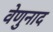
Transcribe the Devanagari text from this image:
वेणुनाद